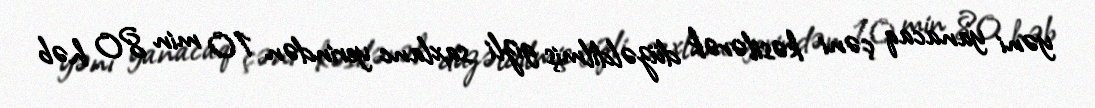
yəni yanacaq çəni kəsilərək düzəldilmiş gizli saxlanc yerindən 10 min 80 həb